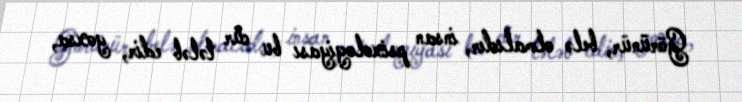
Görünür, belə olmalıdır, insan psixologiyası bu cür tələb edir, yoxsa,